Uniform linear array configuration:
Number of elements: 24
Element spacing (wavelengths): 1
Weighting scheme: kaiser
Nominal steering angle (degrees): -60
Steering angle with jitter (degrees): -60.882
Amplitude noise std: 0.05
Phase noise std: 0.05

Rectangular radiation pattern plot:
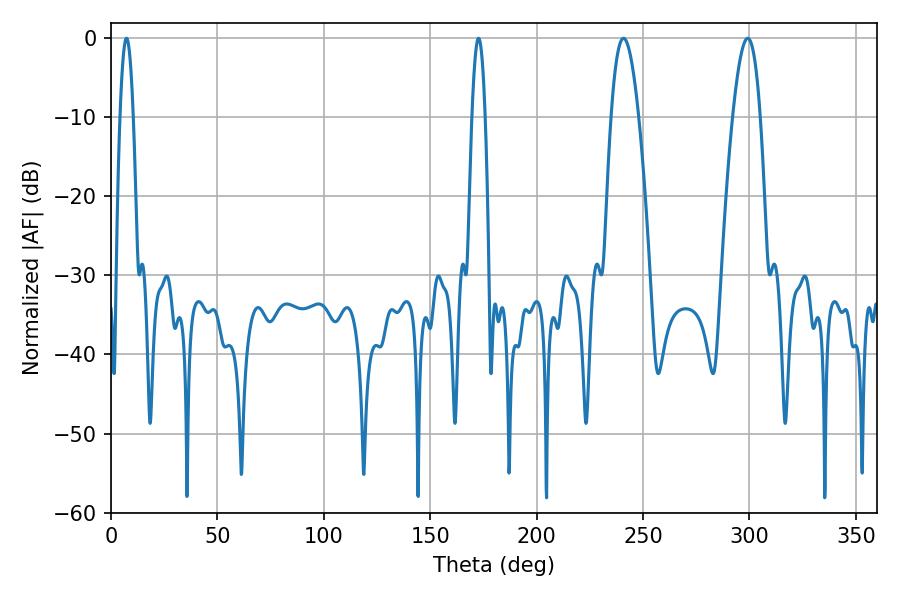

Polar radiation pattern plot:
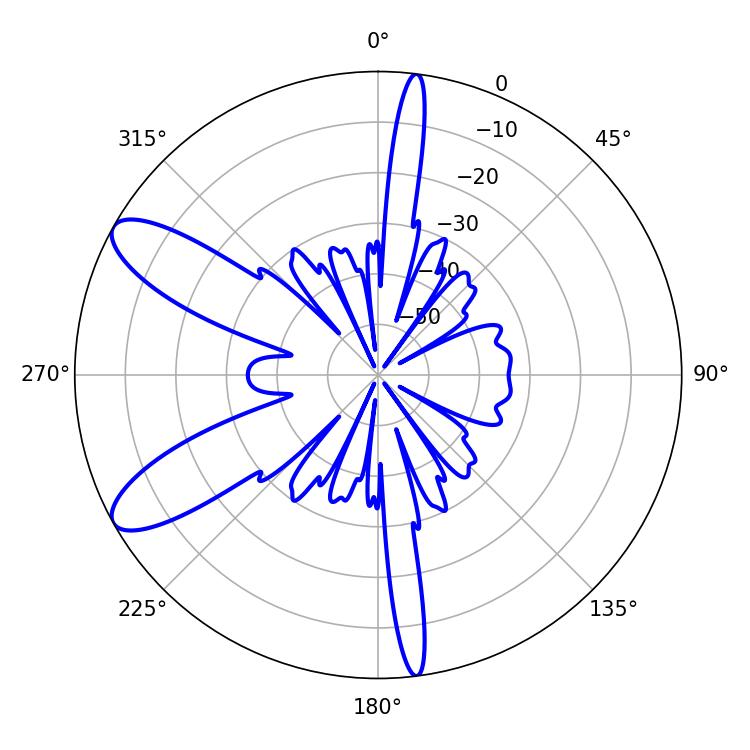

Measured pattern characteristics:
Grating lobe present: TRUE
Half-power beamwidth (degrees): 7.2
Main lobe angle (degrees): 240.84